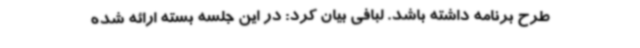
طرح برنامه داشته باشد. لبافی بیان کرد: در این جلسه بسته ارائه شده